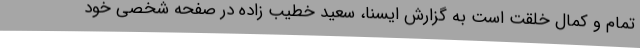
تمام و کمال خلقت است به گزارش ایسنا، سعید خطیب زاده در صفحه شخصی خود